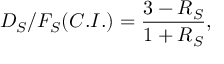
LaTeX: D _ { S } / F _ { S } ( C . I . ) = \frac { 3 - R _ { S } } { 1 + R _ { S } } ,